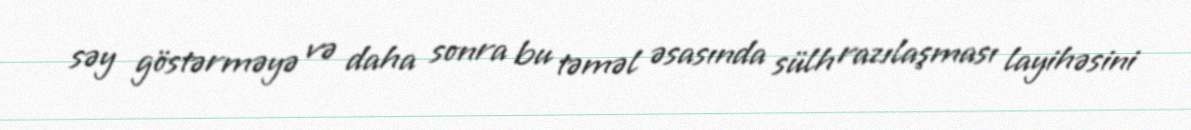
səy göstərməyə və daha sonra bu təməl əsasında sülh razılaşması layihəsini